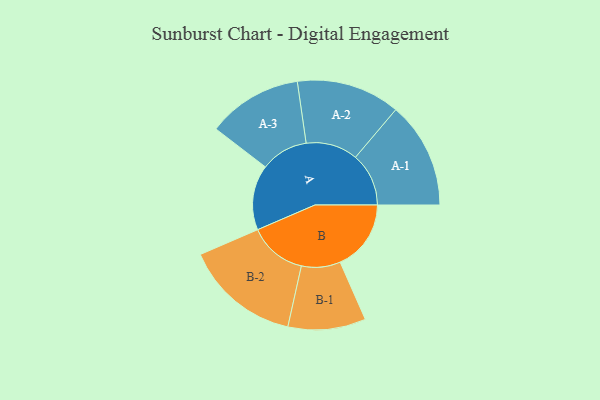
{"axis": {"x": "Segment", "y": "Value"}, "legend": ["", "A", "B"], "data": [{"x": "A", "y": 236, "type": ""}, {"x": "B", "y": 257, "type": ""}, {"x": "A-1", "y": 193, "type": "A"}, {"x": "A-2", "y": 188, "type": "A"}, {"x": "A-3", "y": 172, "type": "A"}, {"x": "B-1", "y": 141, "type": "B"}, {"x": "B-2", "y": 210, "type": "B"}]}